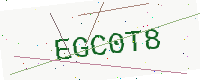
Text: EGC0T8